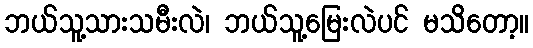
ဘယ်သူ့သားသမီးလဲ၊ ဘယ်သူ့မြေးလဲပင် မသိတော့။